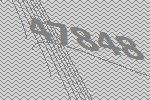
47848